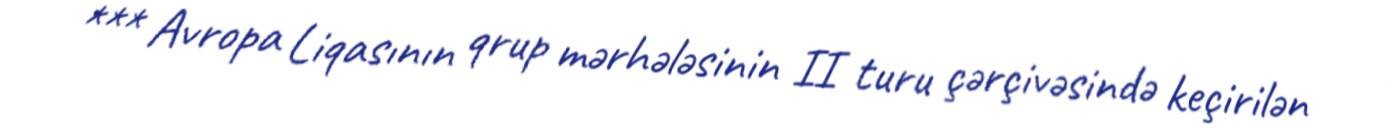
*** Avropa Liqasının qrup mərhələsinin II turu çərçivəsində keçirilən